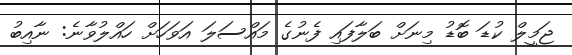
ޖަމީލް ކުޑަ ބޮޑު މިނަށް ބަލާފައި ފެނުގެ މައްސަލަ އަވަހަށް ހައްލުވާނެ: ނާއިބު